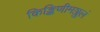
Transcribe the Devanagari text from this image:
किङ्किणीमञ्जुलं